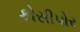
કોસીપોર